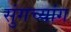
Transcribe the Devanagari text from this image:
सुंगच्यांग